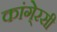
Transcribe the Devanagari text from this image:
कांगे्रसी